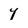
Character: 4